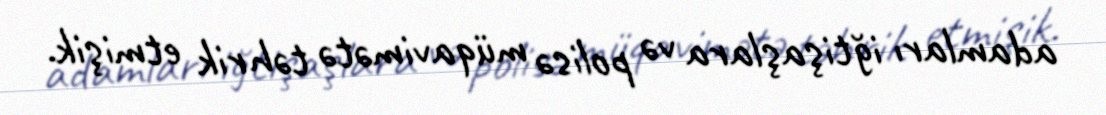
adamları iğtişaşlara və polisə müqavimətə təhrik etmişik.